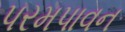
પરમપાવન